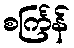
စင်္ကြန်